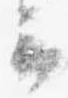
云